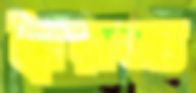
নৈরাজ্য